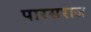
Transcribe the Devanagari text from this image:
पारसराज